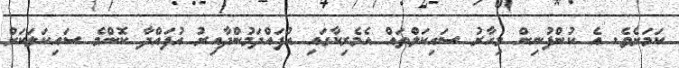
ކަމަށެވެ. އެ ކުންފުނިން މިހާރު ސައިކަލްތައް އެމެރިކާގައި އުފައްދަމުންދާއިރު އުފައްދާ ކޮންމެ ސައިކަލަކަށް